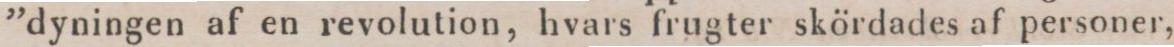
”dyningen af en revolution, hvars frugter skördades af personer,